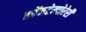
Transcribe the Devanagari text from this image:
कोंनटेम्पोरेरी